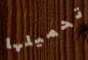
تحميلها